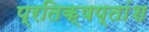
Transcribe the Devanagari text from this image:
प्रतिक्षप्तांश